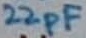
Text: 22pF